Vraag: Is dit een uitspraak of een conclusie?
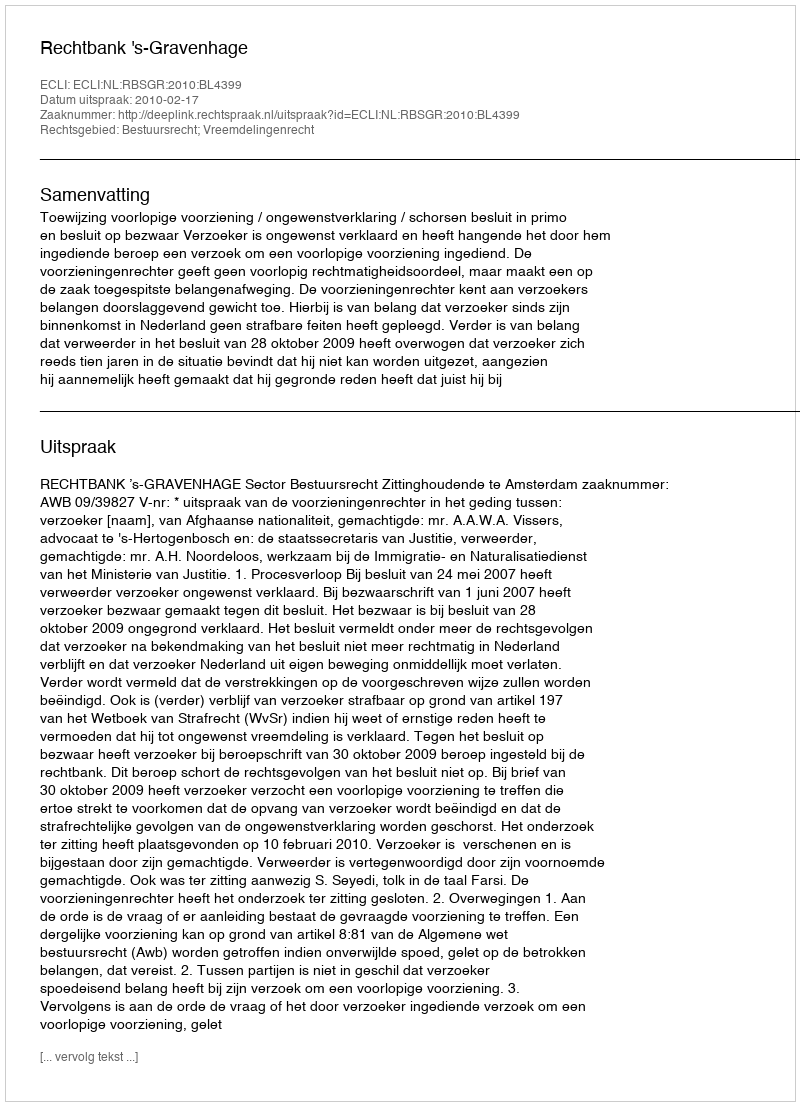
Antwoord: Uitspraak